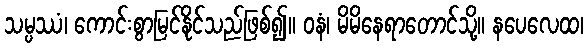
သမ္ပဿံ၊ ကောင်းစွာမြင်နိုင်သည်ဖြစ်၍။ ဝနံ၊ မိမိနေရာတောင်သို့။ နပေလေထ၊